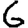
Digit: 6